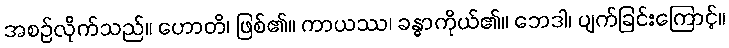
အစဉ်လိုက်သည်။ ဟောတိ၊ ဖြစ်၏။ ကာယဿ၊ ခန္ဓာကိုယ်၏။ ဘေဒါ၊ ပျက်ခြင်းကြောင့်။